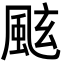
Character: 𩗁